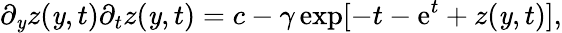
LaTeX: \partial_{\mathit{y}}z(\mathit{y},t)\partial_{t}z(\mathit{y},t)=c-\gamma\exp[-t-\mathrm{{e}}^{t}+z(\mathit{y},t)],